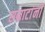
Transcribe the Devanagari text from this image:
सम्राटांनीं